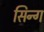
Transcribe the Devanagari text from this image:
सिन्ग